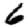
Digit: 6